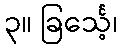
၃။ ခြင်္သေ့၊